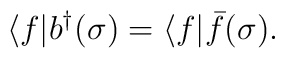
\langle  f|b^{\dag}(\sigma )=\langle  f |\bar{f}(\sigma ).